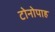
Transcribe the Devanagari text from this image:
टोनोपाह